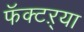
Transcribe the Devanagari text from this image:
फॅक्टऱ्या